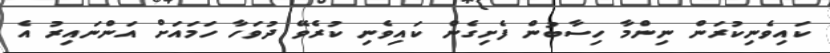
ކައިވެނިކުރަން ނިންމާ ހިސާބުން ފެށިގެން ކައިވެނި ކުރެވޭ ދުވަހާ ހަމައަށް އަންނައިރު އެ